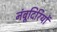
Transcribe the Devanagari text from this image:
नंबूदिरियों